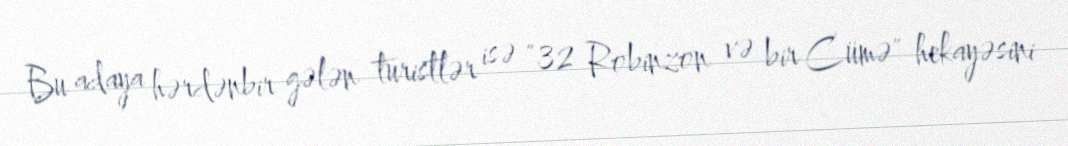
Bu adaya hərdənbir gələn turistlər isə "32 Robinzon və bir Cümə" hekayəsini